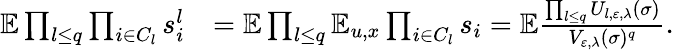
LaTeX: \begin{array}{rl}{\mathbb E\prod_{l\leq q}\prod_{i\in C_{l}}s_{i}^{l}}&{=\mathbb E\prod_{l\leq q}\mathbb E_{u,x}\prod_{i\in C_{l}}s_{i}=\mathbb E\frac{\prod_{l\leq q}U_{l,\varepsilon,\lambda}(\sigma)}{V_{\varepsilon,\lambda}(\sigma)^{q}}.}\end{array}